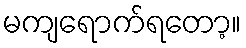
မကျရောက်ရတော့။